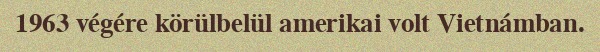
1963 végére körülbelül amerikai volt Vietnámban.